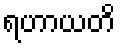
ရဟာယတိ